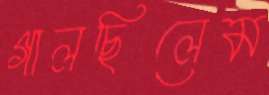
গালছিলেম